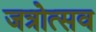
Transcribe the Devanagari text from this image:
जत्रोत्सव